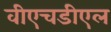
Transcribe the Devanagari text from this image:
वीएचडीएल